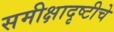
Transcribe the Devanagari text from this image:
समीक्षादृष्टीचे